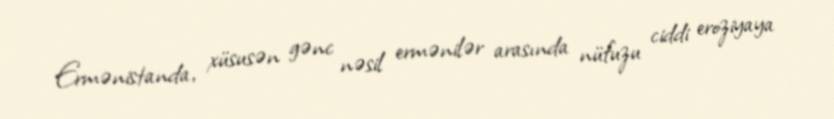
Ermənistanda, xüsusən gənc nəsil ermənilər arasında nüfuzu ciddi eroziyaya